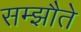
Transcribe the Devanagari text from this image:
सम्झौते